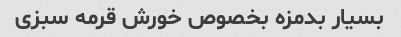
بسیار بدمزه بخصوص خورش قرمه سبزی